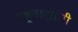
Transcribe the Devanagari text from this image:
राष्ट्रवाद्यांची